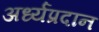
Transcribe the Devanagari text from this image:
अर्ध्यप्रदान